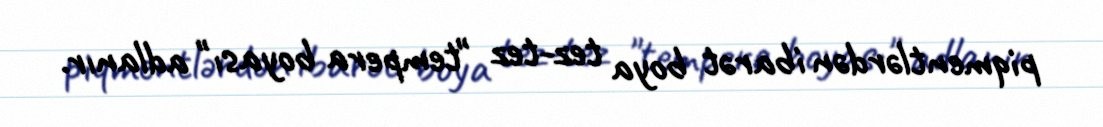
piqmentlərdən ibarət boya tez-tez "tempera boyası" adlanır.